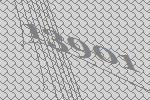
13901